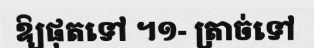
ឱ្យផុតទៅ ។១- ត្រាច់ទៅ